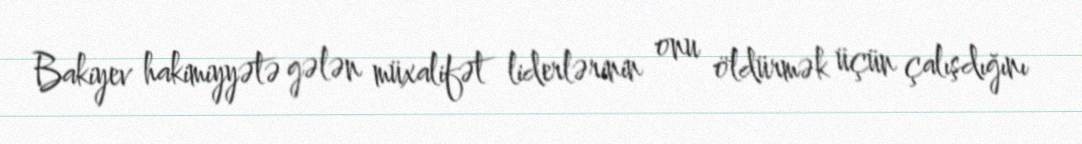
Bakiyev hakimiyyətə gələn müxalifət liderlərinin onu öldürmək üçün çalışdığını